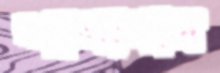
শাখাখাল